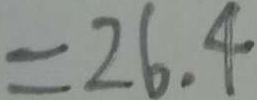
= 2 6 . 4